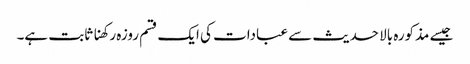
جیسے مذکورہ بالا حدیث سے عبادات کی ایک قسم روزہ رکھنا ثابت ہے۔